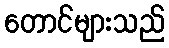
တောင်များသည်